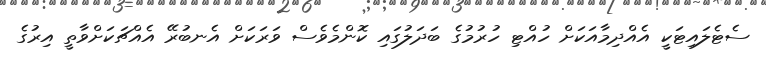
ސެޓެލައިޓަކީ އެއްދިމާއަކަށް ހުއްޓި ހުރުމުގެ ބަދަލުގައި ކޮންމެވެސް ވަރަކަށް އެނބުރޭ އެއްޗަކަށްވާތީ އިރުގެ